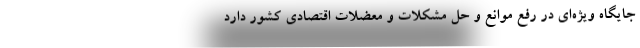
جایگاه ویژه‌ای در رفع موانع و حل مشکلات و معضلات اقتصادی کشور دارد